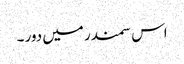
اس سمندر میں دور ۔